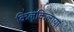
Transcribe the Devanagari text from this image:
किलकिलायां